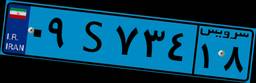
۰۲S۴۹۹۹۵